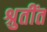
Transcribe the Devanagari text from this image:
श्रुतींत